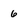
Character: 6